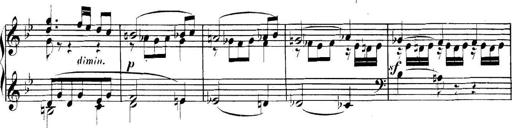
Title: Collected Piano Sonatas
Composer: Muzio Clementi